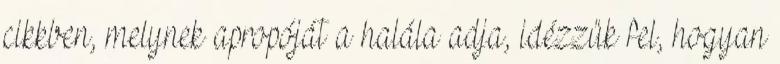
cikkben, melynek apropóját a halála adja, idézzük fel, hogyan